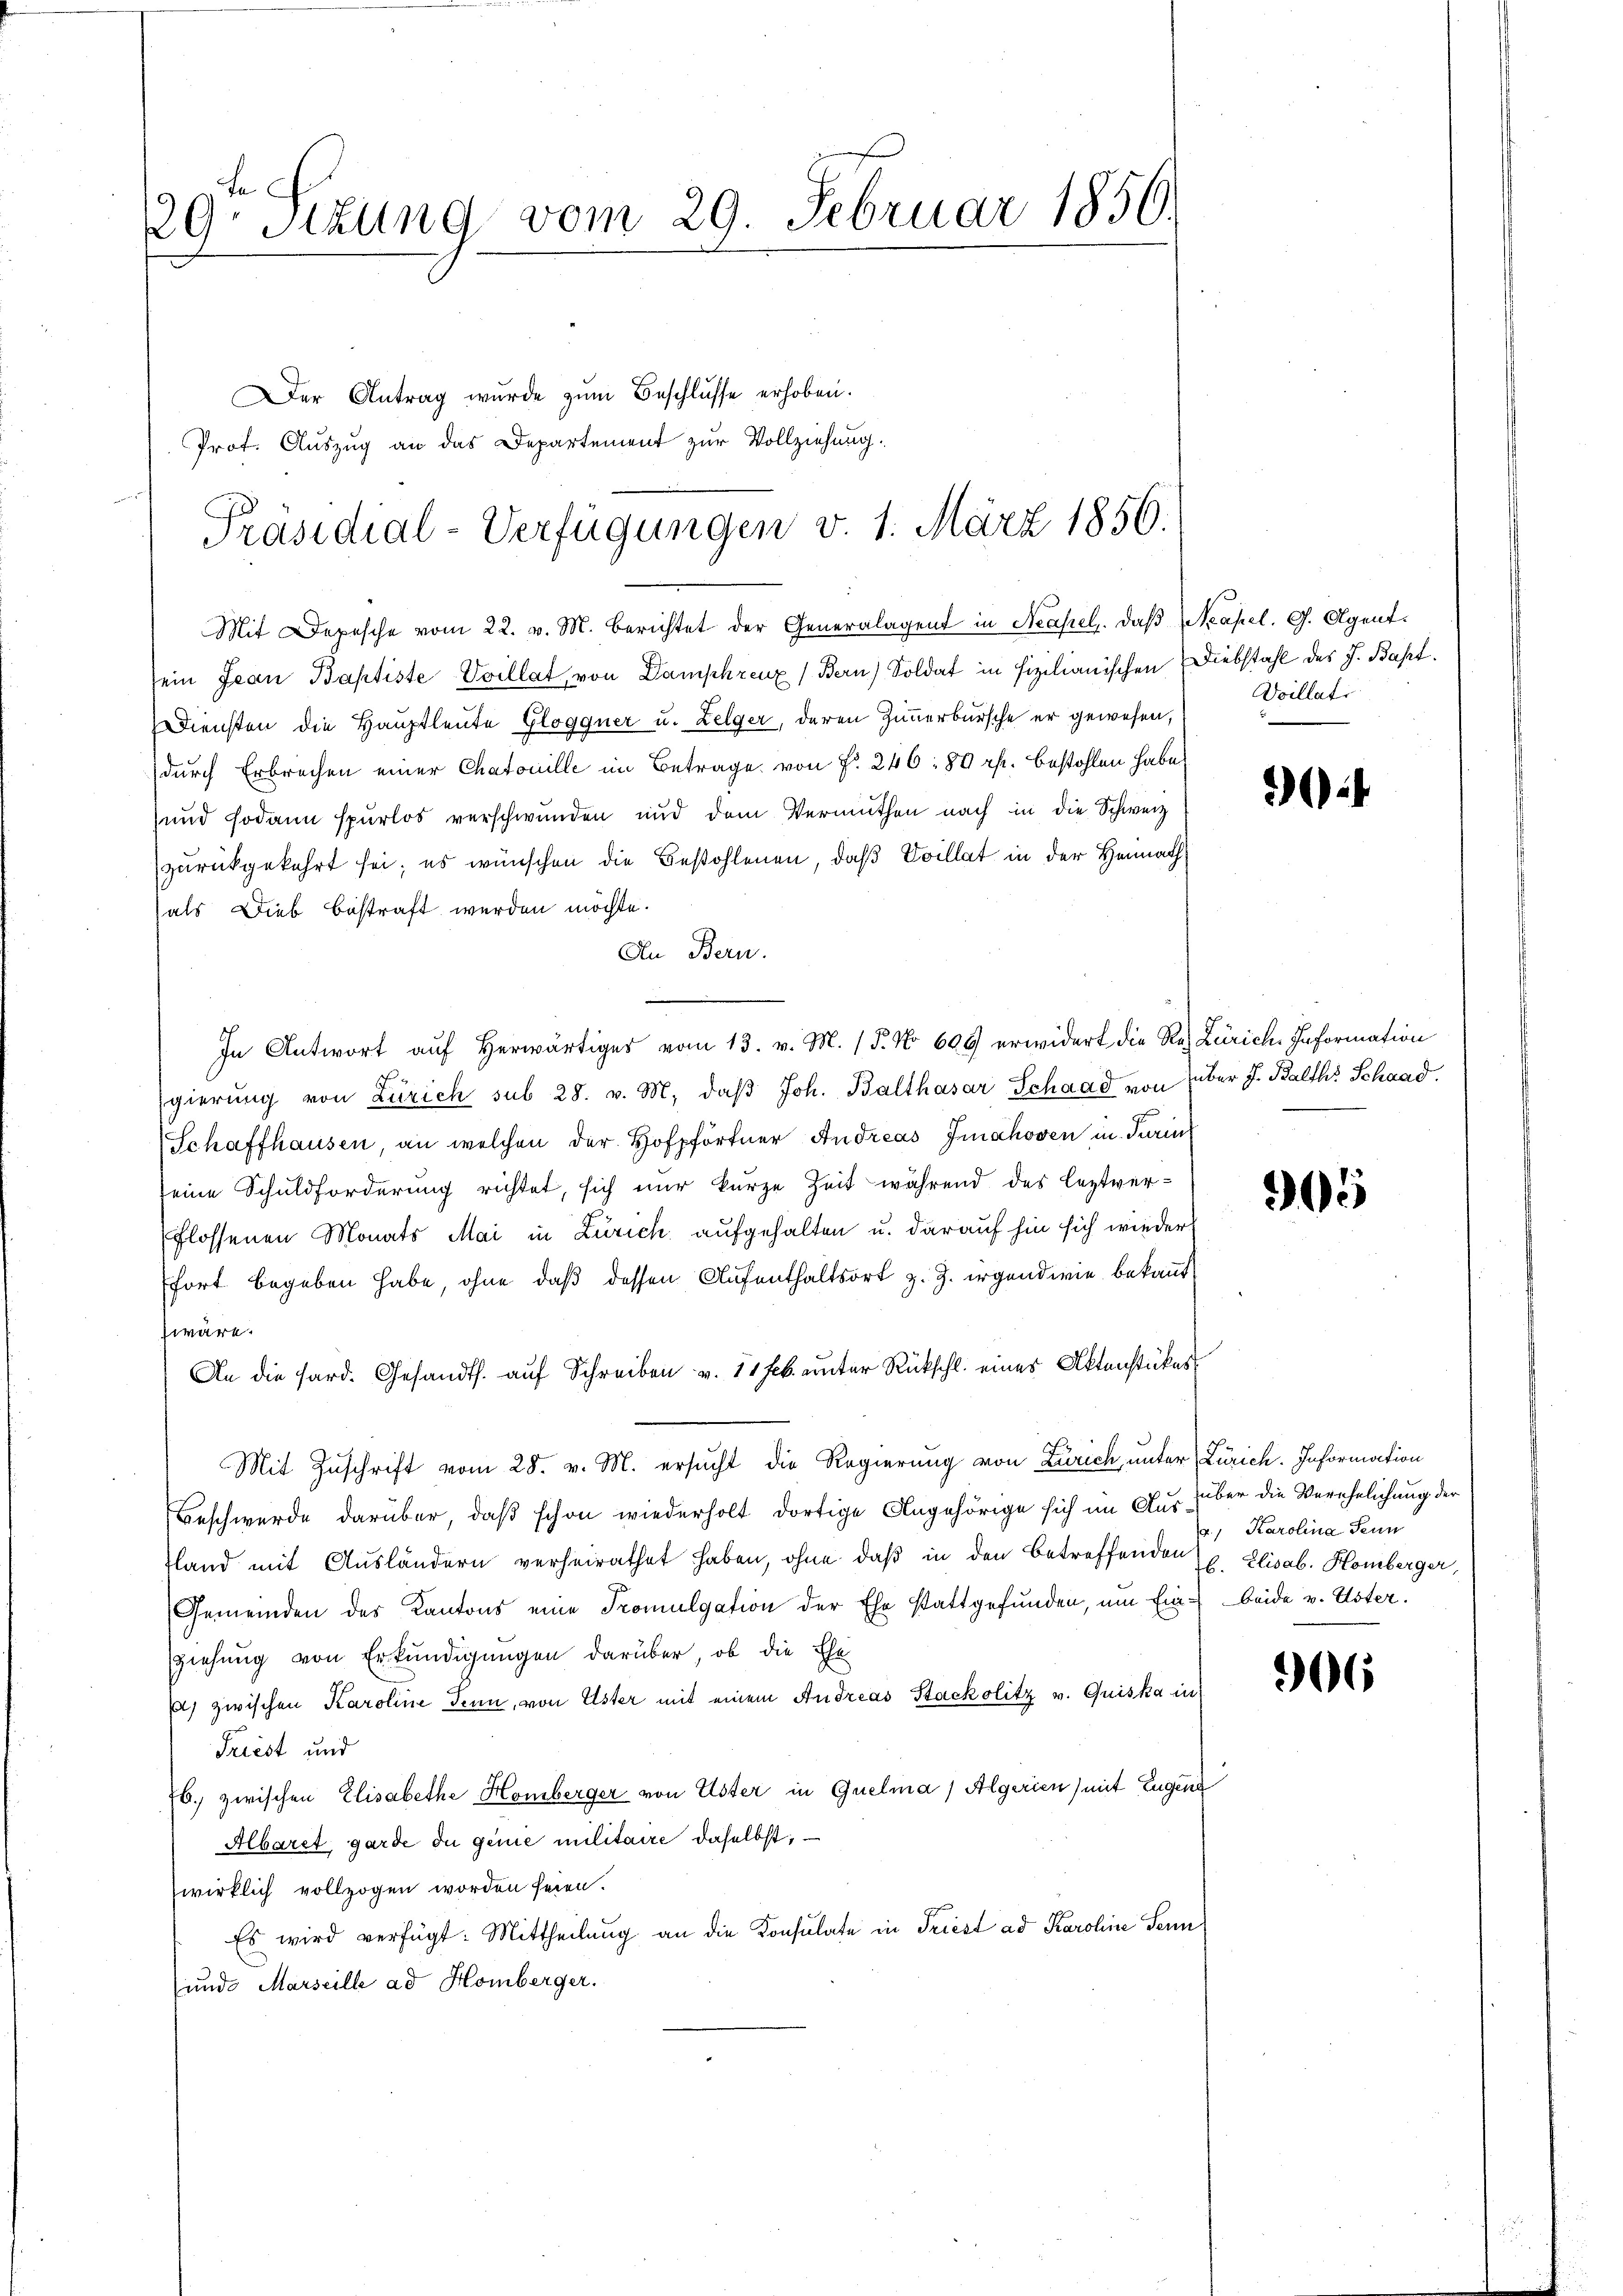
29. Sitzung vom 29. Februar 1856.

Der Antrag wurde zŭm Beschlusse erhoben.
Mit Depesche vom 22. v. M. berichtet der Generalagent in Neapel. Daß Neapel. G. Agentsein Jean Baptiste Svillat, von Damphreux (Bern) Soldat in fizilianischen Diebstahl des J. Bapt.
Diensten die Hauptleute Gloggner u. Zelger, deren Zimmerbursche er gewesen,
durch Erbrechen einer Chatouille im Betrage von Fr. 246: 80 rp. bestohlen habe,
und sodann spurlos verschwunden und dem Vermuthen nach in die Schweiz
zurückgekehrt sei; es wünschen die Bestohlenen, daß Svillat in der Heimath
als Dieb bestraft werden möchte.
An Bern.
In Antwort aŭf herwärtiges vom 13. v. M. (T. No 609 erwidert die Res Zürich. Information
gierŭng von Zürich sub 28. v. M. daβ Joh. Balthasar Schaad von über J. Balth. Schaad.
(Schaffhausen, an welchen der Hofpförtner Andreas Imahoven in Turin
eine Schuldforderung richtet, sich nur kurze Zeit während des leztver-
Flossenen Monats Mai in Zürich aufgehalten u. darauf hin sich wieder
fort begeben habe, ohne daß dessen Aufenthaltsort z. Z. irgendwie bekannt
wäre.
An die Sard. Gesandts. auf Schreiben v. 11 Frk. unter Rückschl. eines Aktenstückes
Mit Zuschrift vom 28. v. M. ersucht die Regierung von Zürich, unter Zürich. Information
Beschwerde darüber, daß schon wiederholt dortige Angehörige sich im Aus über die Verehelichung der
sland mit Ausländern verheirathet haben, ohne daβ in den betreffenden u. Elisab. Homberger,
Gemeinden des Kantons eine Promulgation der Ehe stattgefunden, um Ein- beide v. Uster.
ziehung von Erkundigungen darüber, ob die Ehe
) zwischen Karoline Senn, von Uster mit einem Andreas Stackolitz v. Quiska in
Triest und
16.) zwischen Elisabethe Homberger von Uster in Quelma) Algerien) mit Eugen
Albaret, garde du genie militaire daselbst,
wirklich vollzogen worden seien.
Es wird verfügt: Mittheilŭng an die Konsulate in Triest ad Karoline Senn
und Marseille ad Homberger.

Prof. Auszug an das Departement zur Vollziehung.
Präsidial-Verfügungen v. 1. März 1856.

Voillati

4

305

v., Karolina Senn

306